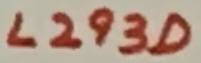
Text: L293D